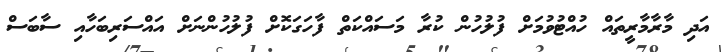
އަދި މާރާމާރީތައް ހުއްޓުވުމަށް ފުލުހުން ކުރާ މަސައްކަތް ފާހަގަކޮށް ފުލުހުންނަށް އައްސަރިބަހާއި ސާބަސް